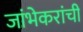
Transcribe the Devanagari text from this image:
जांभेकरांची